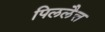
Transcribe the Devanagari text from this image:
पिललैत्त